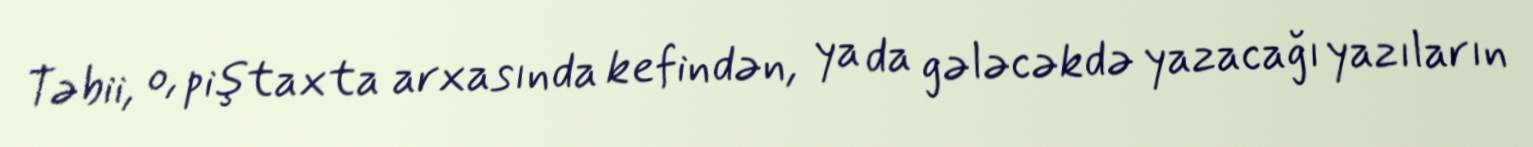
Təbii, o, piştaxta arxasında kefindən, ya da gələcəkdə yazacağı yazıların